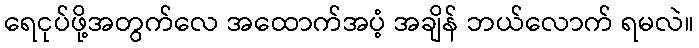
ရေငုပ်ဖို့အတွက်လေ အထောက်အပံ့ အချိန် ဘယ်လောက် ရမလဲ။